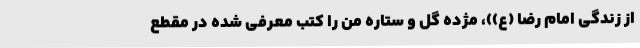
از زندگی امام رضا (ع))، مژده گل و ستاره من را کتب معرفی شده در مقطع